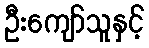
ဦးကျော်သူနှင့်